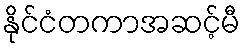
နိုင်ငံတကာအဆင့်မီ